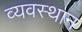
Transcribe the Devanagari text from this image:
व्यवस्थान